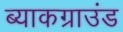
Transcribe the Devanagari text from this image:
ब्याकग्राउंड